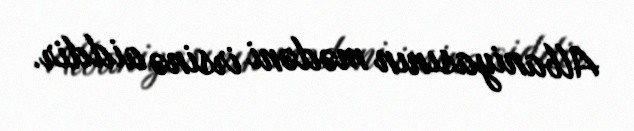
Albaniyasının mədəni irsinə aiddir.